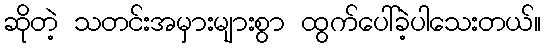
ဆိုတဲ့ သတင်းအမှားများစွာ ထွက်ပေါ်ခဲ့ပါသေးတယ်။